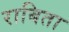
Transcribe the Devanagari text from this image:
राबिता